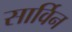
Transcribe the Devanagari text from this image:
सार्विन